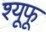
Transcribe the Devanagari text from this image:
श्यूफू